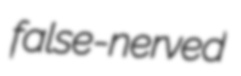
false-nerved